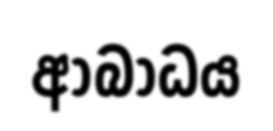
ආබාධය